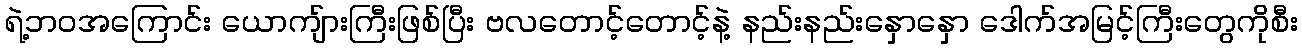
ရဲ့ဘဝအကြောင်း ယောကျ်ားကြီးဖြစ်ပြီး ဗလတောင့်တောင့်နဲ့ နည်းနည်းနှောနှော ဒေါက်အမြင့်ကြီးတွေကိုစီး